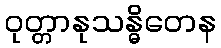
ဝုတ္တာနုသန္ဓိတေန